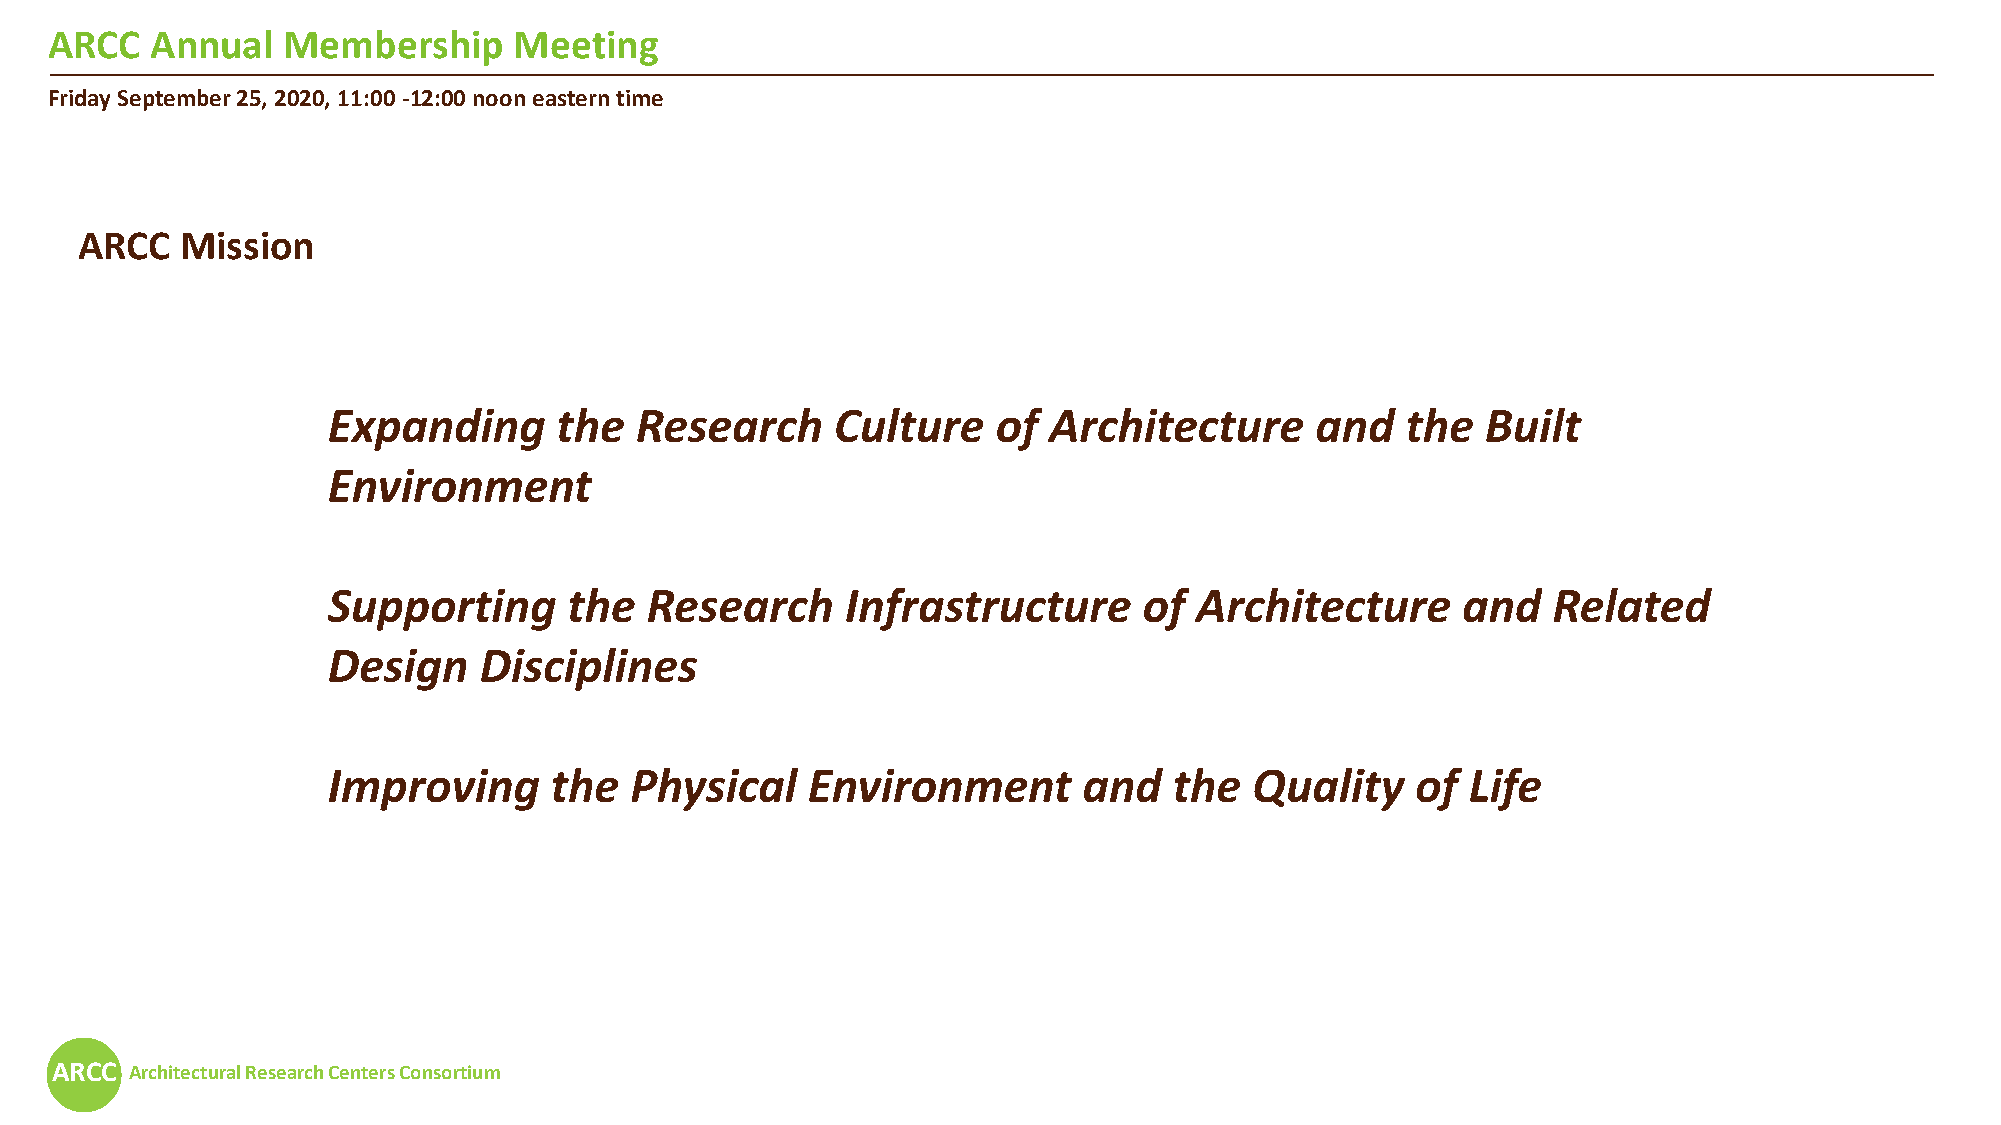
ARCC   Annual   Membership     Meeting
 Friday September 25, 2020, 11:00 -12:00 noon eastern time
 ARCC   Mission
 Expanding      the  Research     Culture    of Architecture      and   the  Built
 Environment
 Supporting      the  Research     Infrastructure      of Architecture      and   Related
 Design    Disciplines
 Improving     the   Physical   Environment        and   the  Quality    of Life
 ARCC  Architectural Research Centers Consortium